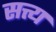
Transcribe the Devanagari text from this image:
सत्त्य